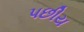
પછીય